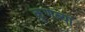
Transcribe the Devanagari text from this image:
कुणब्यां